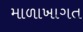
માળાખાગત